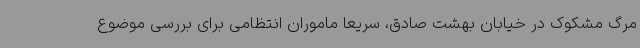
مرگ مشکوک در خیابان بهشت صادق، سریعا ماموران انتظامی برای بررسی موضوع